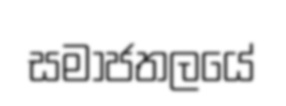
සමාජතලයේ